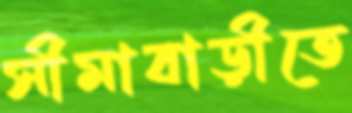
সীমাবাড়ীতে